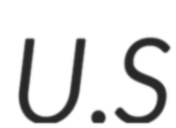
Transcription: U.S